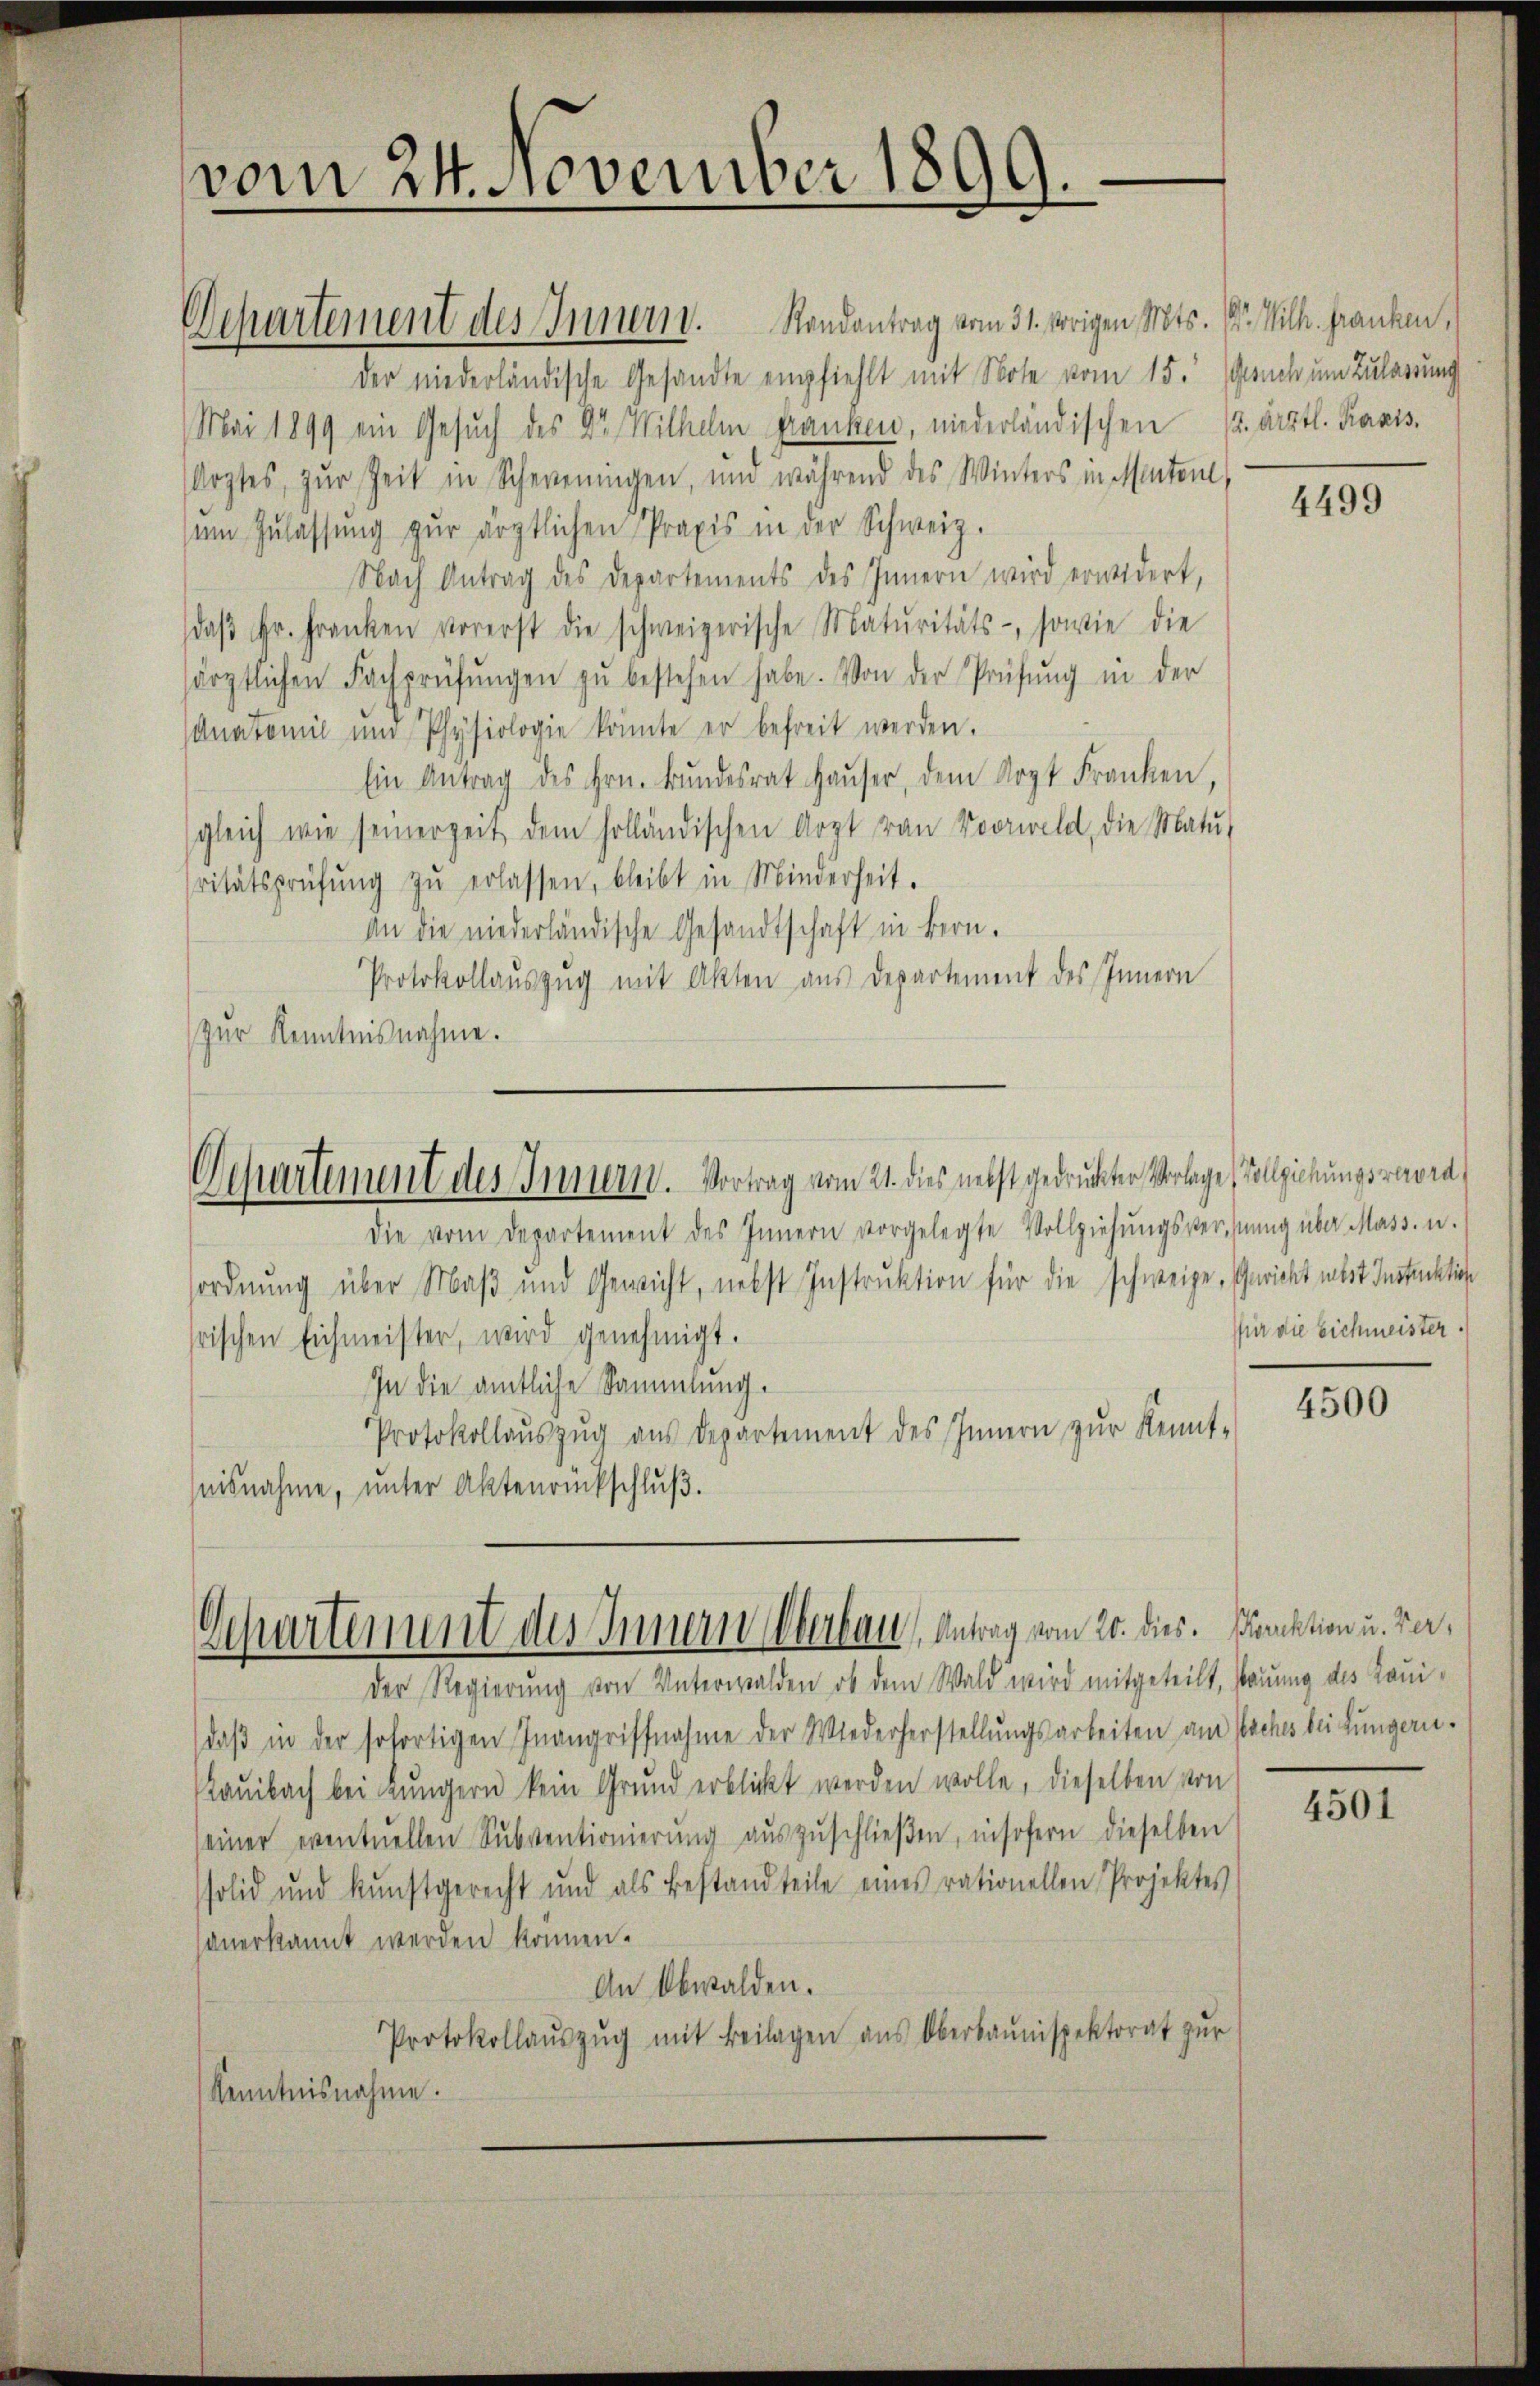
Departement des Innern. Randantrag vom 31. vorigen Mts. Dr. Wilh. Franken,
der niederländische Gesandte empfiehlt mit Note vom 15. Gesuch um Zularrung
Mai 1899 ein Gesuch des Dr. Wilhelm Franken, niederländischen (2. ärztl. Ravis
Arztes, zur Zeit in Scheenningen, und während des Winters in Menten,
ŭm Zŭlassŭng zŭr ärztlichen Praxis in der Schweiz.
Nach Antrag des Departements des Innern wird erwidert,
daβ hr. Franken vorerst die schweizerische Maturitäts-, sowie die
särztlichen Fachprüfŭngen zŭ bestehen habe. Von der Prüfŭng in der
Anatomie und Physiologie könnte er befreit werden.
Ein Antrag des Hrn. Bŭndesrat Haŭser, dem Arzt Franken,
sgleich wie seinerzeit dem holländischen Arzt van Vorweld, die Matŭ-
ritätsprüfŭng zŭ erlassen, bleibt in Minderheit.
An die niederländische Gesandtschaft in Bern.
Protokollaŭszŭg mit Akten aus Departement des Innern
zur Kenntnisnahme.

vom 24. November 1899.

Departement des Innern. Vortrag vom 21. dies nebst gedruckter Vorlage Vollziehungsravra
die vom Departement des Innern vorgelegte Vollziehŭngsverstŭng über Mass- u.

sordnung über Maß und Gewicht, nebst Instruktion für die schweige, Gericht mit Instüchtige
frischen Eichmeister, wird genehmigt.
In die amtliche Sammlung.
Protokollaŭszŭg aŭs departement des Innern zŭr Kennt-
nisnahme, unter Aktenrückschluß.

Departement des Innern Oberbau, Antrag vom 20. dies. Funktion u. Ver¬
Der Regierung von Unterwalden, ob dem Wald wird mitgeteilt, sonung des Loui-

daβ in der sofortigen Inangriffnahme der Wiederherstellungsarbeiten am Saches bei Lungern.
Raŭibach bei Lungern kein Grund erblickt werden wolle, dieselben von
einer eventuellen Sŭbventionierŭng aŭszŭschlieβen, insofern dieselben
solid und kunftgerecht und als Bestandteile eines rationellen Projektes
anerkannt werden können.
An Obwalden.
Protokollaŭszŭg mit Beilagen aus Oberbaŭnspektorat zŭr
Kenntnisnahme.

4499

für die Eichmeister.

4500

4501